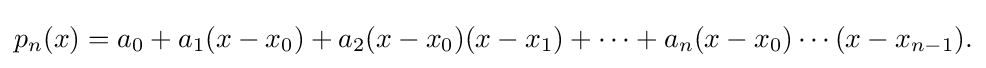
{\textstyle p_{n}(x)=a_{0}+a_{1}(x-x_{0})+a_{2}(x-x_{0})(x-x_{1})+\cdots +a_{n}(x-x_{0})\cdots (x-x_{n-1}).}